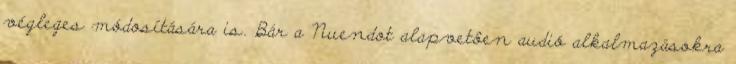
végleges módosítására is. Bár a Nuendot alapvetôen audió alkalmazásokra